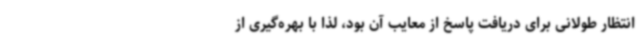
انتظار طولانی برای دریافت پاسخ از معایب آن بود، لذا با بهره‌گیری از